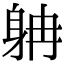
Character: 𨈭